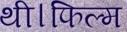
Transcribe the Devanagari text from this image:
थी।फिल्म